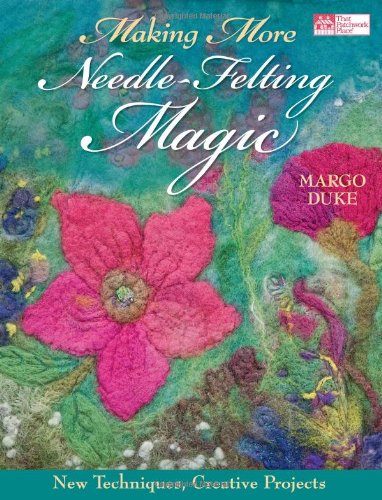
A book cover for Making More Needle-Felting Magic: New Techniques, Creative Projects; Margo Duke; Crafts, Hobbies & Home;